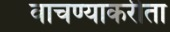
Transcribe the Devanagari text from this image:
वाचण्याकरीता